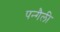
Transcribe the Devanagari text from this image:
पन्गैली